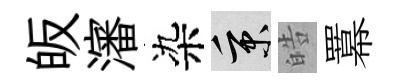
皈瀋染秉皓羃